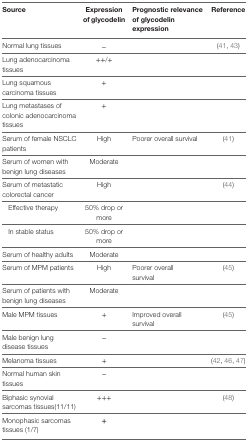
<table><thead><tr><td><b>Source</b></td><td><b>Expression of glycodelin</b></td><td><b>Prognostic relevance of glycodelin expression</b></td><td><b>Reference</b></td></tr></thead><tbody><tr><td>Normal lung tissues</td><td>−</td><td>[EMPTY_CELL]</td><td>(41, 43)</td></tr><tr><td>Lung adenocarcinoma tissues</td><td>++/+</td><td>[EMPTY_CELL]</td><td>[EMPTY_CELL]</td></tr><tr><td>Lung squamous carcinoma tissues</td><td>+</td><td>[EMPTY_CELL]</td><td>[EMPTY_CELL]</td></tr><tr><td>Lung metastases of colonic adenocarcinoma tissues</td><td>+</td><td>[EMPTY_CELL]</td><td>[EMPTY_CELL]</td></tr><tr><td>Serum of female NSCLC patients</td><td>High</td><td>Poorer overall survival</td><td>(41)</td></tr><tr><td>Serum of women with benign lung diseases</td><td>Moderate</td><td>[EMPTY_CELL]</td><td>[EMPTY_CELL]</td></tr><tr><td>Serum of metastatic colorectal cancer</td><td>High</td><td>[EMPTY_CELL]</td><td>(44)</td></tr><tr><td> Effective therapy</td><td>50% drop or more</td><td>[EMPTY_CELL]</td><td>[EMPTY_CELL]</td></tr><tr><td> In stable status</td><td>50% drop or more</td><td>[EMPTY_CELL]</td><td>[EMPTY_CELL]</td></tr><tr><td>Serum of healthy adults</td><td>Moderate</td><td>[EMPTY_CELL]</td><td>[EMPTY_CELL]</td></tr><tr><td>Serum of MPM patients</td><td>High</td><td>Poorer overall survival</td><td>(45)</td></tr><tr><td>Serum of patients with benign lung diseases</td><td>Moderate</td><td>[EMPTY_CELL]</td><td>[EMPTY_CELL]</td></tr><tr><td>Male MPM tissues</td><td>+</td><td>Improved overall survival</td><td>(45)</td></tr><tr><td>Male benign lung disease tissues</td><td>−</td><td>[EMPTY_CELL]</td><td>[EMPTY_CELL]</td></tr><tr><td>Melanoma tissues</td><td>+</td><td>[EMPTY_CELL]</td><td>(42, 46, 47)</td></tr><tr><td>Normal human skin tissues</td><td>−</td><td>[EMPTY_CELL]</td><td>[EMPTY_CELL]</td></tr><tr><td>Biphasic synovial sarcomas tissues(11/11)</td><td>+++</td><td>[EMPTY_CELL]</td><td>(48)</td></tr><tr><td>Monophasic sarcomas tissues (1/7)</td><td><b>+</b></td><td>[EMPTY_CELL]</td><td>[EMPTY_CELL]</td></tr></tbody></table>